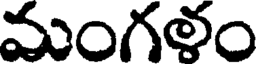
మంగళం